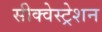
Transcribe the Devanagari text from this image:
सीक्वेस्ट्रेशन